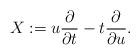
\begin{align*}X:= u \frac{\partial }{\partial t} - t \frac{\partial }{\partial u}.\end{align*}